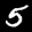
Label: 5